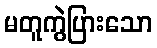
မတူကွဲပြားသော